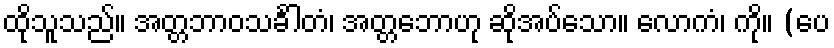
ထိုသူသည်။ အတ္တဘာဝသင်္ခါတံ၊ အတ္တဘောဟု ဆိုအပ်သော။ လောကံ၊ ကို။ (ပေ